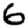
Digit: 6